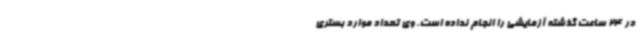
در 24 ساعت گذشته آزمایشی را انجام نداده است. وی تعداد موارد بستری